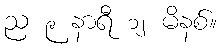
ည ၉ နာရီ ၁၂ မိနစ်။